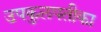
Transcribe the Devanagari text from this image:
उपकुलपतीका